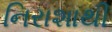
નિરાશાથી